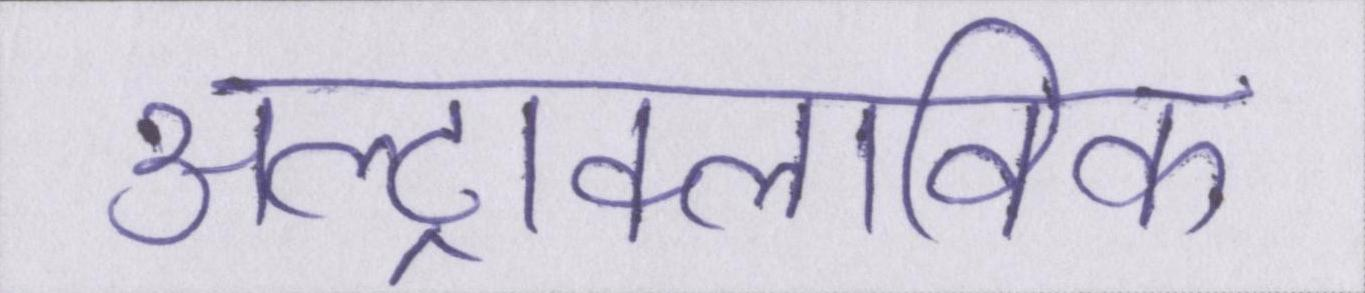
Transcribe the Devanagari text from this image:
अल्ट्राक्लाविक